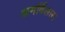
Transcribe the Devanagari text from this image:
अमर्विलास